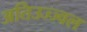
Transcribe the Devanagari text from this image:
अतिउज्ज्वल